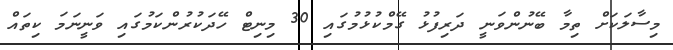
މިސާލަކަށް ތިމާ ބޭނުންވަނީ ދަރިފުޅު ގޭމްކުޅުމުގައި 30 މިނިޓް ހޭދަކުރުންކަމުގައި ވަނީނަމަ ކިތައް